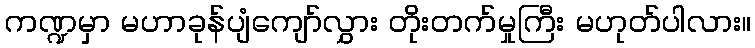
ကဏ္ဍမှာ မဟာခုန်ပျံကျော်လွှား တိုးတက်မှုကြီး မဟုတ်ပါလား။